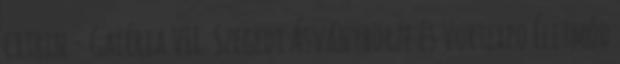
citrin - Galéria VII. Szegedi Ásványbörze és Vortexpo Életmód